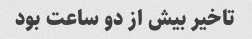
تاخیر بیش از دو ساعت بود